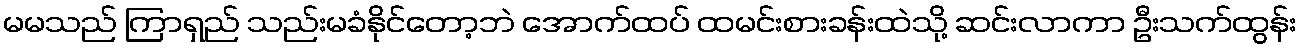
မမသည် ကြာရှည် သည်းမခံနိုင်တော့ဘဲ အောက်ထပ် ထမင်းစားခန်းထဲသို့ ဆင်းလာကာ ဦးသက်ထွန်း